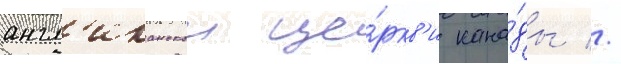
англ'иканскои це́ркв'и кана́ды //